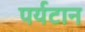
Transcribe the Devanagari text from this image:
पर्यटान